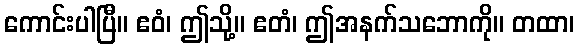
ကောင်းပါပြီ။ ဧဝံ၊ ဤသို့။ ဧတံ၊ ဤအနက်သဘောကို။ တထာ၊